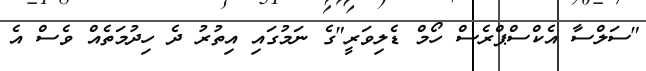
"ސަލްސާ އެކްސްޕްރެސް ހޯމް ޑެލިވަރީ"ގެ ނަމުގައި އިތުރު ދެ ހިދުމަތެއް ވެސް އެ